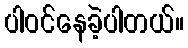
ပါဝင်နေခဲ့ပါတယ်။